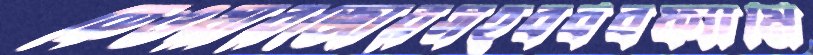
কেওয়ারজোরসহবর্ববফ্যামি